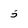
Character: 5